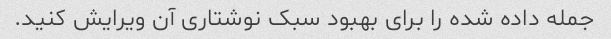
جمله داده شده را برای بهبود سبک نوشتاری آن ویرایش کنید.